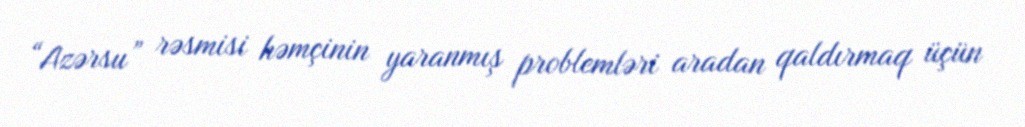
“Azərsu” rəsmisi həmçinin yaranmış problemləri aradan qaldırmaq üçün